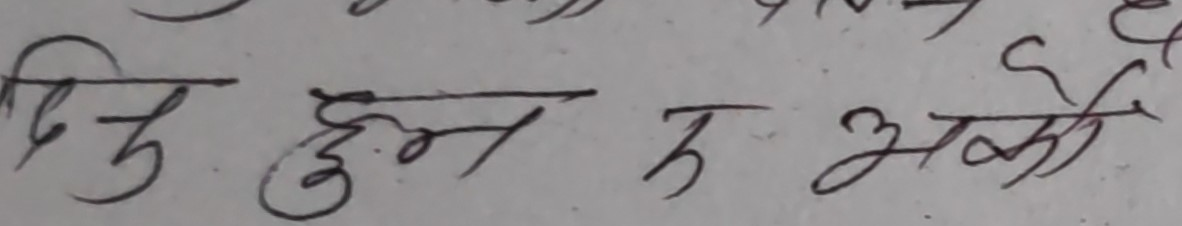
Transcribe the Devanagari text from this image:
दिनु हुन त भको